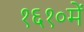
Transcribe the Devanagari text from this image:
१६१०में